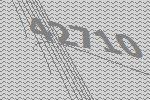
42710